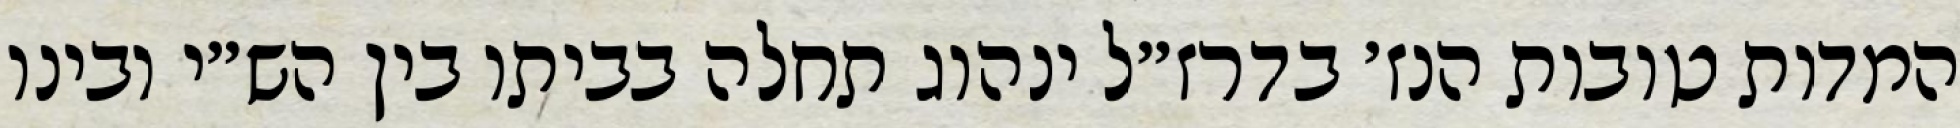
המדות טובות הנז׳ בדרז״ל ינהוג תחלה בביתו בין הש״י ובינו